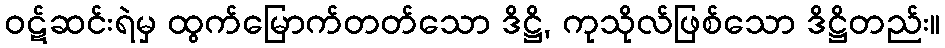
ဝဋ်ဆင်းရဲမှ ထွက်မြောက်တတ်သော ဒိဋ္ဌိ, ကုသိုလ်ဖြစ်သော ဒိဋ္ဌိတည်း။